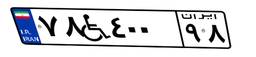
۷۸W۴۰۰۹۸